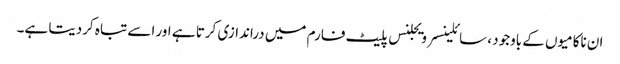
ان ناکامیوں کے باوجود ، سائلینسر ویجلنس پلیٹ فارم میں دراندازی کرتا ہے اور اسے تباہ کردیتا ہے۔